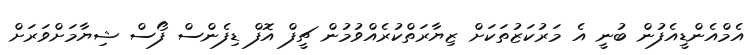
އެމްއެންޑީއެފުން ބުނީ އެ މަރުކަޒުތަކަށް ޒިޔާރަތްކުރެއްވުމުން ޗީފް އޮފް ޑިފެންސް ފޯސް ޝިޔާމަށްވަރަށް